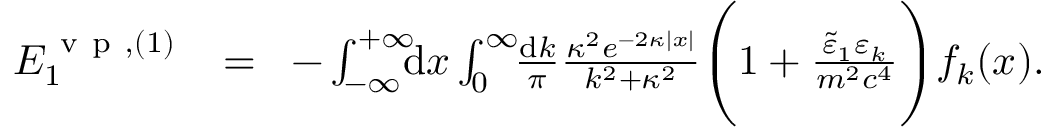
\begin{array} { r l r } { { \cal E } _ { 1 } ^ { \ensuremath { \mathrm { ~ v ~ p ~ } } , ( 1 ) } \! } & { { } = } & { \! - \int _ { - \infty } ^ { + \infty } \! \! \! \mathrm { d } x \int _ { 0 } ^ { \infty } \! \! \frac { \mathrm d k } { \pi } \frac { \kappa ^ { 2 } e ^ { - 2 \kappa | x | } } { k ^ { 2 } + \kappa ^ { 2 } } \Bigg ( 1 + \frac { \tilde { \varepsilon } _ { 1 } \varepsilon _ { k } } { m ^ { 2 } c ^ { 4 } } \Bigg ) f _ { k } ( x ) . } \end{array}